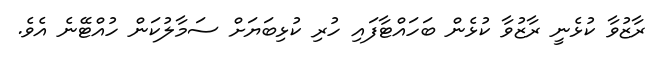
ރާޒުވާ ކުޅެނީ ރާޒުވާ ކުޅެން ބަހައްޓާފައި ހުރި ކުޅިބަޔަށް ސަމާލުކަން ހުއްޓޭނެ އެވެ.